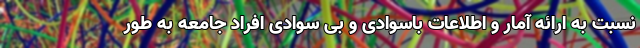
نسبت به ارائه آمار و اطلاعات باسوادی و بی سوادی افراد جامعه به طور